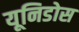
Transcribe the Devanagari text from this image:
यूनिडोस